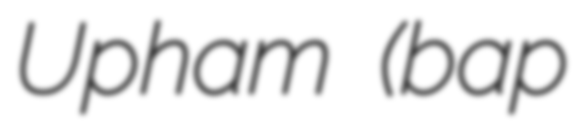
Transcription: Upham (bap